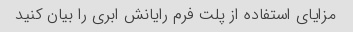
مزایای استفاده از پلت فرم رایانش ابری را بیان کنید